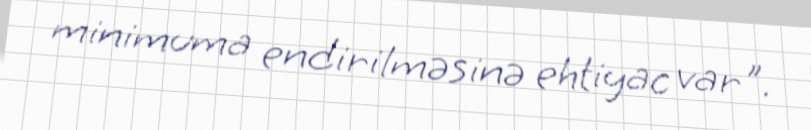
minimuma endirilməsinə ehtiyac var".